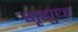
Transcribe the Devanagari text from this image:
गृह्युध्ह